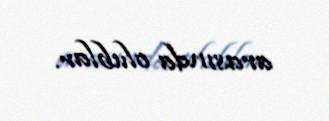
arasında olublar.